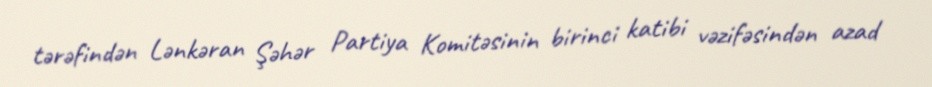
tərəfindən Lənkəran Şəhər Partiya Komitəsinin birinci katibi vəzifəsindən azad